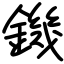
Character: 鐖